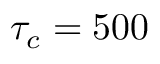
\tau _ { c } = 5 0 0